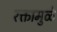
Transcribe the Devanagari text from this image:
रक्तामुळे